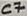
Text: C7